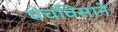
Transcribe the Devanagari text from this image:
पंचविसाने